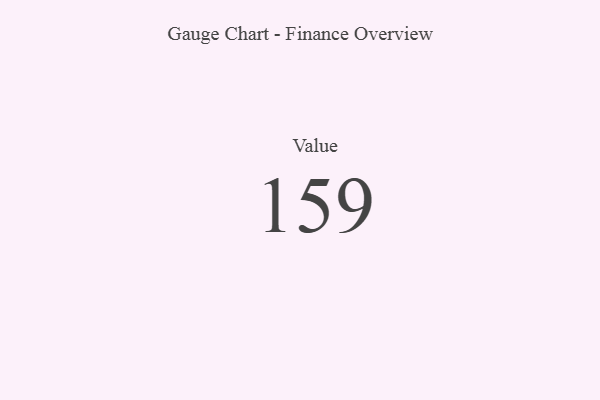
{"axis": {"x": "Metric", "y": "Value"}, "legend": [""], "data": [{"x": "Value", "y": 159, "type": ""}]}